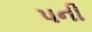
પની